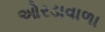
ઓરડાવાળા